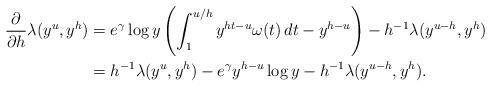
LaTeX: \begin{align*}\frac{\partial}{\partial h}\lambda(y^u,y^h)&=e^{\gamma}\log y\left(\int_{1}^{u/h}y^{ht-u}\omega(t)\,dt-y^{h-u}\right)-h^{-1}\lambda(y^{u-h},y^h)\\&=h^{-1}\lambda(y^u,y^h)-e^{\gamma}y^{h-u}\log y-h^{-1}\lambda(y^{u-h},y^h).\end{align*}